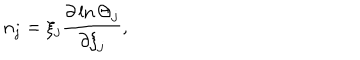
n _ { j } = \xi _ { j } \frac { \partial \ln \Theta _ { j } } { \partial { { \xi } _ { j } } } ,